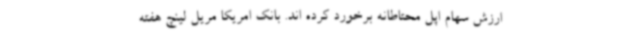
ارزش سهام اپل محتاطانه برخورد کرده اند. بانک امریکا مریل لینچ هفته